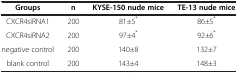
| Groups | n | KYSE-150 nude mice | TE-13 nude mice |
 | --- | --- | --- | --- |
 | CXCR4siRNA1 | 200 | 81±5* | 86±5* |
 | CXCR4siRNA2 | 200 | 97±4* | 92±6* |
 | negative control | 200 | 140±8 | 132±7 |
 | blank control | 200 | 143±4 | 148±3 |